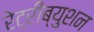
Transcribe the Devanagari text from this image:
रेट्रीब्युशन